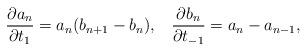
LaTeX: \begin{align*}\frac{\partial a_{n}}{\partial t_{1}}=a_{n}(b_{n+1}-b_{n}),\;\;\;\frac{\partial b_{n}}{\partial t_{-1}}=a_{n}-a_{n-1},\end{align*}